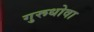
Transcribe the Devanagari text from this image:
गुरूधोवा